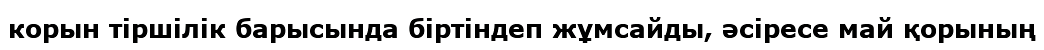
корын тіршілік барысында біртіндеп жұмсайды, әсіресе май қорының